General report no. 6 on the lunatic asylums, vaccination and dispensaries in the Bengal Presidency, 1873 -
Year: 1873
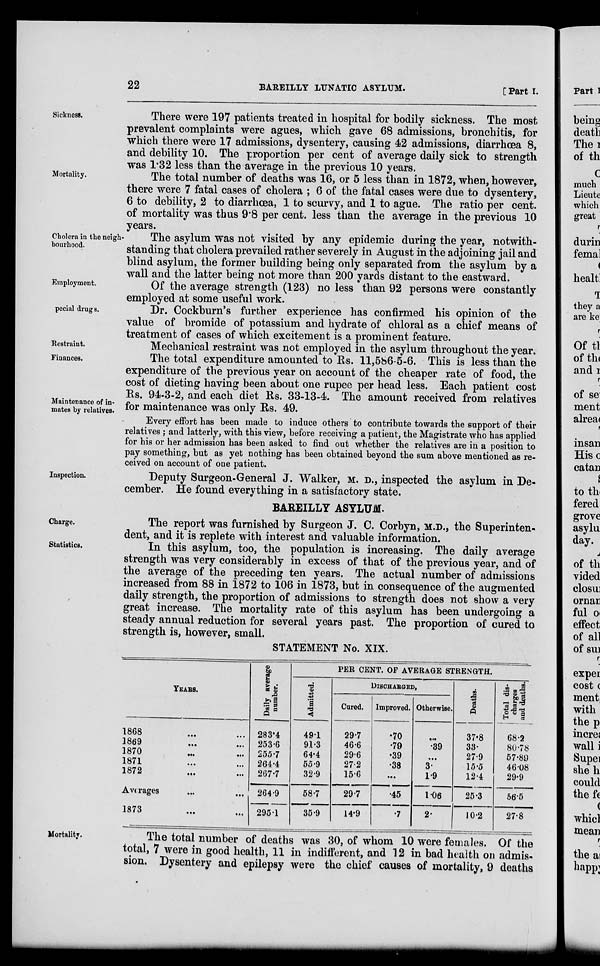
22
BAREILLY LUNATIC ASYLUM.
[Part I.
Sickness.
There were 197 patients treated in hospital for bodily sickness. The most
prevalent complaints were agues, which gave 68 admissions, bronchitis, for
which there were 17 admissions, dysentery, causing 42 admissions, diarrhœa 8,
and debility 10. The proportion per cent of average daily sick to strength
was 1.32 less than the average in the previous 10 years.
Mortality.
The total number of deaths was 16, or 5 less than in 1872, when, however,
there were 7 fatal cases of cholera ; 6 of the fatal cases were due to dysentery,
6 to debility, 2 to diarrhœa, 1 to scurvy, and 1 to ague. The ratio per cent.
of mortality was thus 9.8 per cent. less than the average in the previous 10
years.
Cholera in the neigh-
bourhood.
The asylum was not visited by any epidemic during the year, notwith-
standing that cholera prevailed rather severely in August in the adjoining jail and
blind asylum, the former building being only separated from the asylum by a
wall and the latter being not more than 200 yards distant to the eastward.
Employment.
Of the average strength (123) no less than 92 persons were constantly
employed at some useful work.
pecial drugs.
Dr. Cockburn's further experience has confirmed his opinion of the
value of bromide of potassium and hydrate of chloral as a chief means of
treatment of cases of which excitement is a prominent feature.
Restraint.
Mechanical restraint was not employed in the asylum throughout the year.
Finances.
Maintenance of in-
mates by relatives.
The total expenditure amounted to Rs. 11,586-5-6. This is less than the
expenditure of the previous year on account of the cheaper rate of food, the
cost of dieting having been about one rupee per head less. Each patient cost
Rs. 94-3-2, and each diet Rs. 33-13-4. The amount received from relatives
for maintenance was only Rs. 49.
Every effort has been made to induce others to contribute towards the support of their
relatives ; and latterly, with this view, before receiving a patient, the Magistrate who has applied
for his or her admission has been asked to find out whether the relatives are in a position to
pay something, but as yet nothing has been obtained beyond the sum above mentioned as re-
ceived on account of one patient.
Inspection.
Deputy Surgeon-General J. Walker, M. D., inspected the asylum in De-
cember. He found everything in a satisfactory state.
BAREILLY ASYLUM.
Charge.
The report was furnished by Surgeon J. C. Corbyn, M.D., the Superinten-
dent, and it is replete with interest and valuable information.
Statistics.
In this asylum, too, the population is increasing. The daily average
strength was very considerably in excess of that of the previous year, and of
the average of the preceding ten years. The actual number of admissions
increased from 88 in 1872 to 106 in 1873, but in consequence of the augmented
daily strength, the proportion of admissions to strength does not show a very
great increase. The mortality rate of this asylum has been undergoing a
steady annual reduction for several years past. The proportion of cured to
strength is, however, small.
STATEMENT No. XIX.
YEARS.
1868 ... ...
1869 ... ...
1870 ... ...
1871 ... ...
1872 ... ...
Averages ... ...
1873 ... ...
Daily average
number.
283.4
253.6
255.7
264.4
267.7
264.9
295.1
PER CENT. OF AVERAGE STRENGTH.
Admi t
t
ed.
49.1
91.3
64.4
55.9
32.9
58.7
35.9
DISCHARGED,
Cured.
29.7
46.6
29.6
27.2
15.6
29.7
14.9
Improved.
.70
.79
.39
.38
...
.45
.7
Otherwise.
...
.39
...
3.
1.9
1.06
2.
Deaths.
37.8
33.
27.9
15.5
12.4
25.3
10.2
Total dis-
charges
and deaths.
68.2
80.78
57.89
46.08
29.9
56.5
27.8
Mortality.
The total number of deaths was 30, of whom 10 were females. Of the
total, 7 were in good health, 11 in indifferent, and 12 in bad health on admis-
sion. Dysentery and epilepsy were the chief causes of mortality, 9 deaths